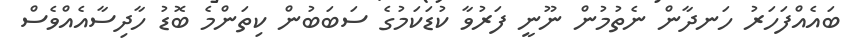
ބައެއްފަހަރު ހަނދާން ނެތުމުން ނޫނީ ފަރުވާ ކުޑަކަމުގެ ސަބަބުން ކިތަންމެ ބޮޑު ހާދިސާއެއްވެސް